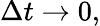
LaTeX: \Delta t\to 0,